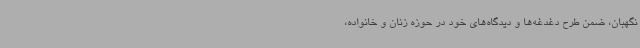
نگهبان، ضمن طرح دغدغه‌ها و دیدگاه‌های خود در حوزه زنان و خانواده،